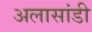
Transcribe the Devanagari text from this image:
अलासांडी